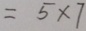
= 5 \times 7